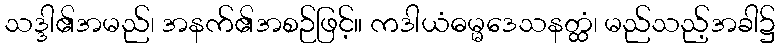
သဒ္ဒါ၏အမည်၊ အနက်၏အစဉ်ဖြင့်။ ကဒါယံဓမ္မဒေသနတ္ထံ၊ မည်သည့်အခါ၌